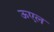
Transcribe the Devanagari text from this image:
ऊएल